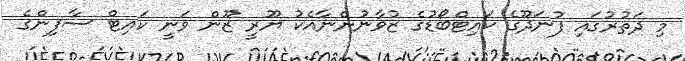
މި ދަތުރުގައި ފުނަދޫގެ ކައިޓްބޯޑުގެ ޒުވާނުންނާއެކު ޔޫރީ ޒޫން ވަނީ ކައިޓް ސާފިންގެ